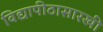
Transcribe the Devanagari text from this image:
विद्यापीठासारखी